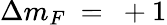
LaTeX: \Delta m_{F}~=~+1